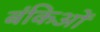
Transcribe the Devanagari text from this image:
बंकिओं